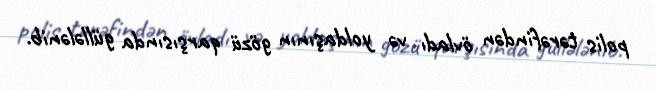
polis tərəfindən övladı və yoldaşının gözü qarşısında güllələnib.